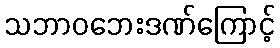
သဘာဝဘေးဒဏ်ကြောင့်